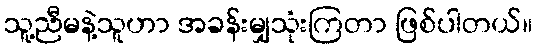
သူ့ညီမနဲ့သူဟာ အခန်းမျှသုံးကြတာ ဖြစ်ပါတယ်။